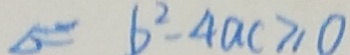
\Delta = 6 ^ { 2 } - 4 a c \geq 0